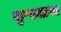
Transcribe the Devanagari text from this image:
कृषदास